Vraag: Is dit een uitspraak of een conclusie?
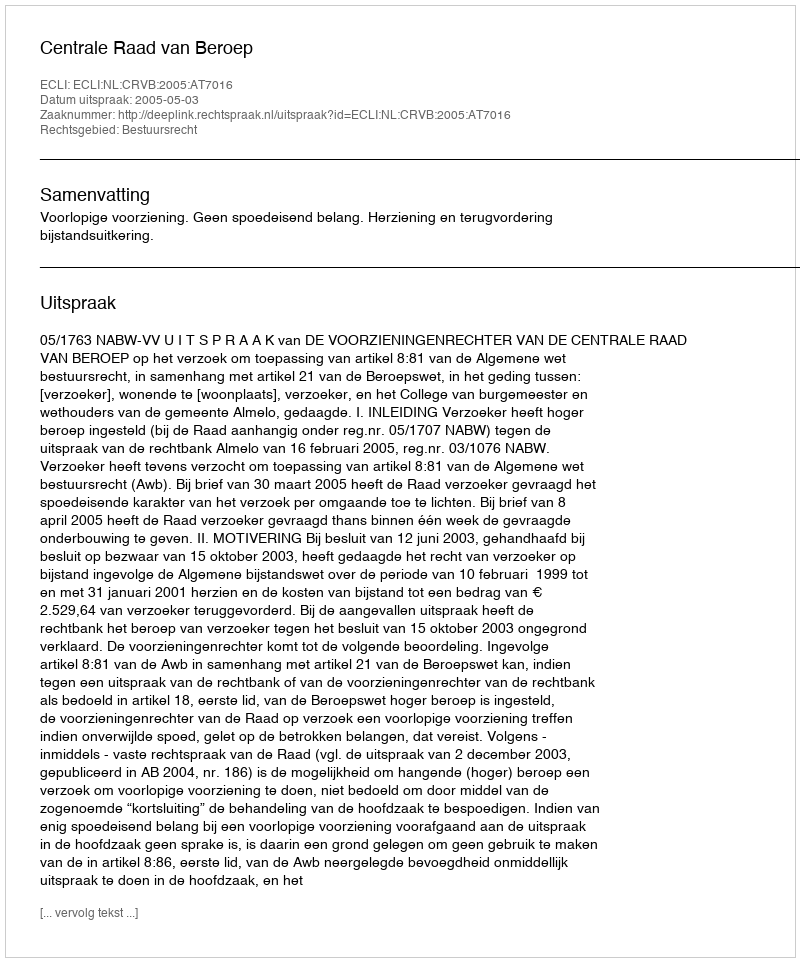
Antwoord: Uitspraak